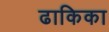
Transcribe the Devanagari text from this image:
ढाकिका